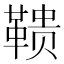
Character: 𱁹